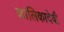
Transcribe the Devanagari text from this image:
कालिकादेवी